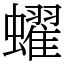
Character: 蠗